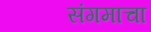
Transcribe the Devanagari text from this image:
संगमाचा